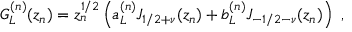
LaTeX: G _ { L } ^ { ( n ) } ( z _ { n } ) = z _ { n } ^ { 1 / 2 } \left( a _ { L } ^ { ( n ) } J _ { 1 / 2 + \nu } ( z _ { n } ) + b _ { L } ^ { ( n ) } J _ { - 1 / 2 - \nu } ( z _ { n } ) \right) ~ ,